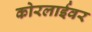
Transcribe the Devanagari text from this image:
कोरलाईवर